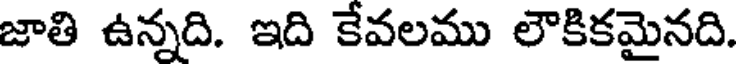
జాతి ఉన్నది. ఇది కేవలము లౌకికమైనది.